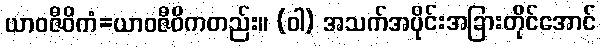
ယာဝဇီဝိကံ=ယာဝဇီဝိကတည်း။ (ဝါ) အသက်အပိုင်းအခြားတိုင်အောင်